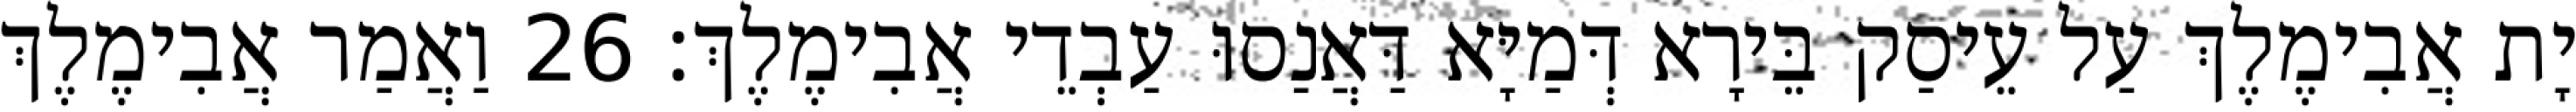
יָת אֲבִימֶלֶךְ עַל עֵיסַק בֵּירָא דְּמַיָּא דַּאֲנַסוּ עַבְדֵי אֲבִימֶלֶךְ׃ 26 וַאֲמַר אֲבִימֶלֶךְ